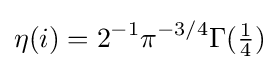
\eta (i)=2^{-1}\pi ^{-3/4}\Gamma ({\tfrac {1}{4}})